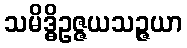
သမိဒ္ဓိဥဇ္ဇယသဉ္ဇယာ